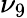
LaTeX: \nu_{9}